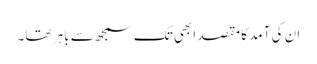
ان کی آمد کا مقصد ابھی تک سمجھ سے باہر تھا۔